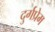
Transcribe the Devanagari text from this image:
दुर्गप्रेम